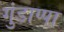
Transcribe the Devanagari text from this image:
गुंडाप्पा